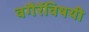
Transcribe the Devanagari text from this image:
वगैरेंविषयी